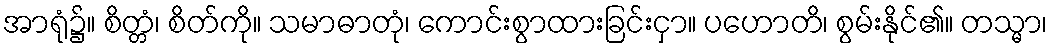
အာရုံ၌။ စိတ္တံ၊ စိတ်ကို။ သမာဓာတုံ၊ ကောင်းစွာထားခြင်းငှာ။ ပဟောတိ၊ စွမ်းနိုင်၏။ တသ္မာ၊